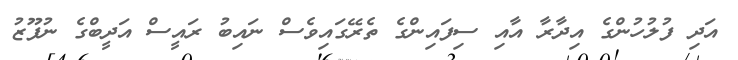
އަދި ފުލުހުންގެ އިދާރާ އާއި ސިފައިންގެ ތެރޭގައިވެސް ނައިބު ރައީސް އަދީބްގެ ނުފޫޒު